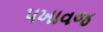
પખાવજ